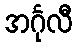
အင်္ဂုလီ